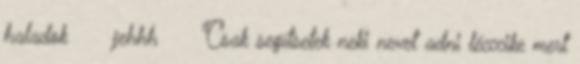
haladok ♥♥♥♥jehhh♥♥♥♥ Csak segítsetek neki nevet adni lécccike mert